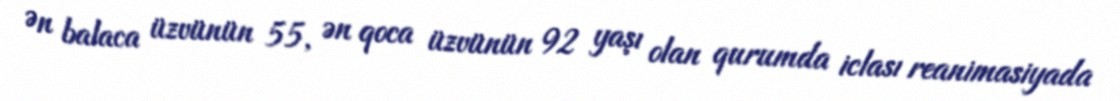
Ən balaca üzvünün 55, ən qoca üzvünün 92 yaşı olan qurumda iclası reanimasiyada